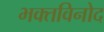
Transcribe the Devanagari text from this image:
भक्तविनोद